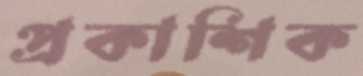
প্রকাশিক